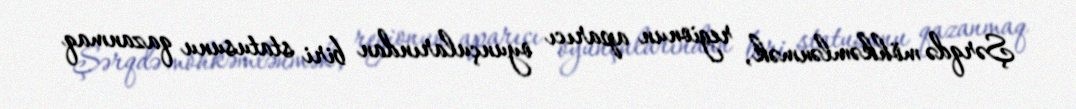
Şərqdə möhkəmlənmək, regionun aparıcı oyunçularından biri statusunu qazanmaq